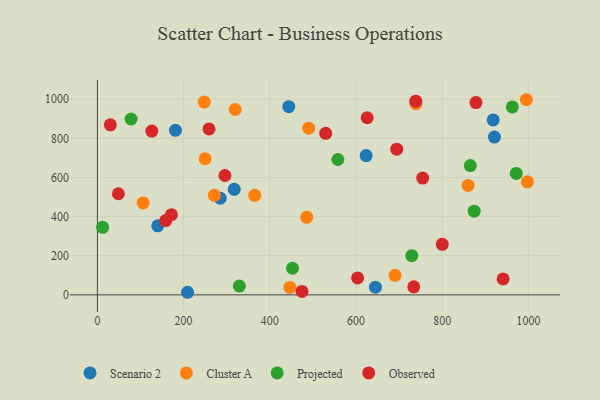
{"axis": {"x": "Distance", "y": "Profit"}, "legend": ["Cluster A", "Observed", "Projected", "Scenario 2"], "data": [{"x": "284.9", "y": 494.0, "type": "Scenario 2"}, {"x": "623.5", "y": 711.7, "type": "Scenario 2"}, {"x": "209.2", "y": 13.2, "type": "Scenario 2"}, {"x": "921.2", "y": 806.4, "type": "Scenario 2"}, {"x": "918.3", "y": 893.9, "type": "Scenario 2"}, {"x": "317.5", "y": 539.2, "type": "Scenario 2"}, {"x": "139.9", "y": 353.0, "type": "Scenario 2"}, {"x": "181.1", "y": 840.8, "type": "Scenario 2"}, {"x": "444.0", "y": 961.8, "type": "Scenario 2"}, {"x": "645.1", "y": 39.4, "type": "Scenario 2"}, {"x": "485.7", "y": 396.5, "type": "Cluster A"}, {"x": "365.0", "y": 508.5, "type": "Cluster A"}, {"x": "271.4", "y": 508.8, "type": "Cluster A"}, {"x": "247.9", "y": 985.2, "type": "Cluster A"}, {"x": "739.2", "y": 976.7, "type": "Cluster A"}, {"x": "995.2", "y": 997.3, "type": "Cluster A"}, {"x": "860.1", "y": 559.5, "type": "Cluster A"}, {"x": "490.1", "y": 852.1, "type": "Cluster A"}, {"x": "249.8", "y": 695.7, "type": "Cluster A"}, {"x": "997.6", "y": 577.7, "type": "Cluster A"}, {"x": "690.5", "y": 99.8, "type": "Cluster A"}, {"x": "446.4", "y": 37.8, "type": "Cluster A"}, {"x": "319.6", "y": 947.4, "type": "Cluster A"}, {"x": "106.1", "y": 469.7, "type": "Cluster A"}, {"x": "452.6", "y": 136.1, "type": "Projected"}, {"x": "329.4", "y": 44.9, "type": "Projected"}, {"x": "865.2", "y": 660.8, "type": "Projected"}, {"x": "78.1", "y": 898.7, "type": "Projected"}, {"x": "557.9", "y": 691.8, "type": "Projected"}, {"x": "971.8", "y": 620.6, "type": "Projected"}, {"x": "12.1", "y": 345.4, "type": "Projected"}, {"x": "962.7", "y": 960.4, "type": "Projected"}, {"x": "729.4", "y": 200.4, "type": "Projected"}, {"x": "874.2", "y": 427.5, "type": "Projected"}, {"x": "941.3", "y": 81.4, "type": "Observed"}, {"x": "625.9", "y": 905.3, "type": "Observed"}, {"x": "754.7", "y": 596.7, "type": "Observed"}, {"x": "171.9", "y": 409.9, "type": "Observed"}, {"x": "878.3", "y": 982.5, "type": "Observed"}, {"x": "259.0", "y": 848.2, "type": "Observed"}, {"x": "158.5", "y": 379.5, "type": "Observed"}, {"x": "800.2", "y": 258.3, "type": "Observed"}, {"x": "734.0", "y": 41.1, "type": "Observed"}, {"x": "48.6", "y": 516.7, "type": "Observed"}, {"x": "295.8", "y": 609.9, "type": "Observed"}, {"x": "603.7", "y": 86.3, "type": "Observed"}, {"x": "738.7", "y": 990.1, "type": "Observed"}, {"x": "30.1", "y": 868.8, "type": "Observed"}, {"x": "529.6", "y": 825.8, "type": "Observed"}, {"x": "694.5", "y": 744.6, "type": "Observed"}, {"x": "474.7", "y": 17.3, "type": "Observed"}, {"x": "126.2", "y": 836.9, "type": "Observed"}]}